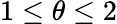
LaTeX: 1\leq\theta\leq 2